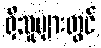
ရှိသူများတွင်